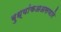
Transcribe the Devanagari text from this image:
बुध्यांकअअसणारे